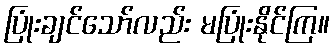
ပြုံးချင်သော်လည်း မပြုံးနိုင်ကြ။